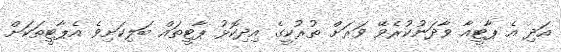
އަދި އެ ޕާޓީއާ ވާދަނުކުރެވޭ ވަރަށް ތުރުކީގެ އިދިކޮޅު ޕާޓީތައް ބަލިކަށިވެ އެޕާޓީތަކަށް